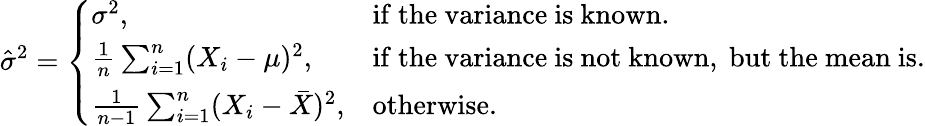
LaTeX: {\hat{\sigma}}^{2}={\left\{ \begin{array}{ll}{\sigma^{2},}&{{\mathrm{if~the~variance~is~known.}}}\\ {{\frac{1}{n}}\sum_{i=1}^{n}(X_{i}-\mu)^{2},}&{{\mathrm{if~the~variance~is~not~known,~but~the~mean~is.}}}\\ {{\frac{1}{n-1}}\sum_{i=1}^{n}(X_{i}-{\bar{X}})^{2},}&{{\mathrm{otherwise.}}}\end{array}\right.}